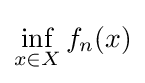
\inf _{x\in X}f_{n}(x)